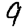
Digit: 9